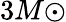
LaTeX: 3M{\odot}